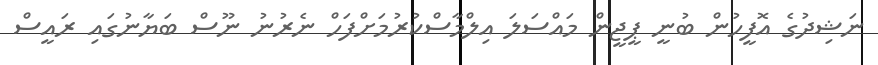
ނަޝިދުގެ އޮފީހުން ބުނީ ޕީޖީން މައްސަލަ އިލްމާސްކުުރުމަށްފަހް ނެރުނު ނޫސް ބަޔާނުގައި ރައީސް